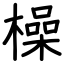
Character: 橾